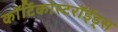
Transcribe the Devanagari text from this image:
कॉर्टिकोस्टरॉईड्स